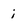
Character: i